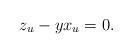
LaTeX: \begin{align*}z_{u}-yx_{u}=0. \end{align*}